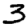
Digit: 3